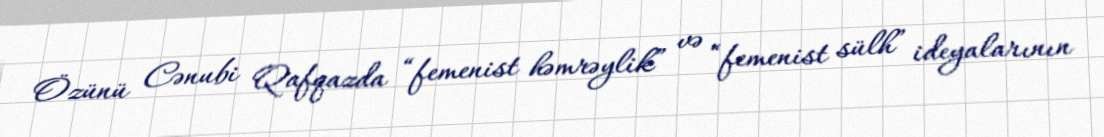
Özünü Cənubi Qafqazda “femenist həmrəylik” və “femenist sülh” ideyalarının